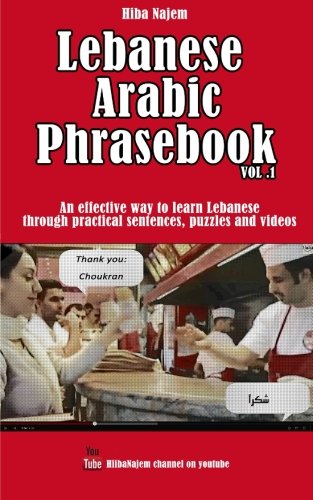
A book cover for Lebanese Arabic Phrasebook Vol. 1: An effective way to learn Lebanese through practical sentences, puzzles and videos (Lebanese Arabic Phrasebooks) (Volume 1); Hiba Najem; Travel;